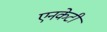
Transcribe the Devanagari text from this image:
एनकेटी